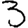
Digit: 3